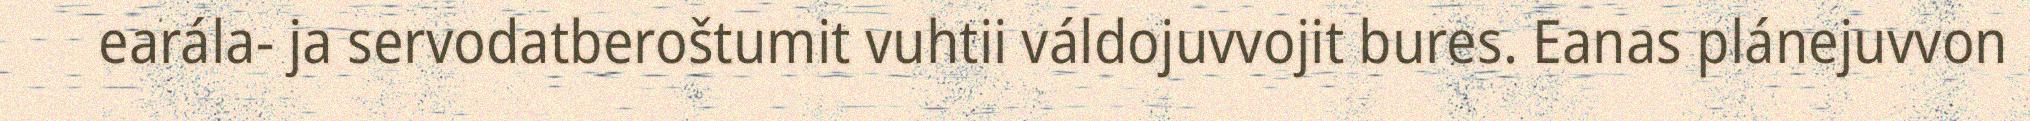
earála- ja servodatberoštumit vuhtii váldojuvvojit bures. Eanas plánejuvvon